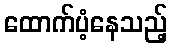
ထောက်ပံ့နေသည့်